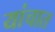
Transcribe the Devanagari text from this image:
यांचात